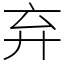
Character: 弃